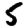
Digit: 5